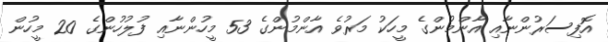
އޮފިސަރުންނާއި އާންމުންގެ މީހަކު މަރުވެ އާންމުންގެ 53 މީހުންނާއި ފުލުހުންގެ 20 މީހުން